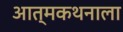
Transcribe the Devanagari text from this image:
आत्मकथनाला